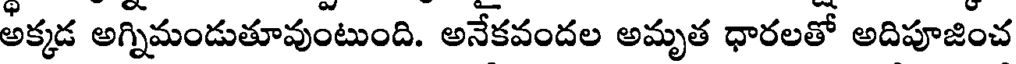
అక్కడ అగ్నిమండుతూవుంటుంది. అనేకవందల అమృత ధారలతో అదిపూజించ